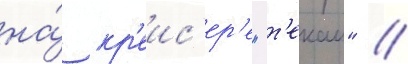
на́ кр'еис'ер'е "т'екаи" //